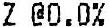
Z @0.0%